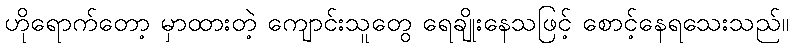
ဟိုရောက်တော့ မှာထားတဲ့ ကျောင်းသူတွေ ရေချိုးနေသဖြင့် စောင့်နေရသေးသည်။